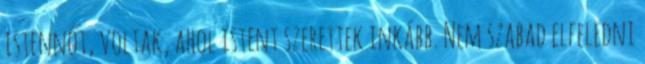
istennőt, voltak, ahol istent szerettek inkább. Nem szabad elfeledni